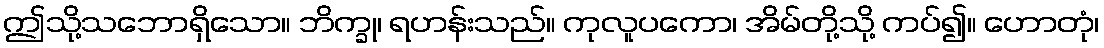
ဤသို့သဘောရှိသော။ ဘိက္ခု၊ ရဟန်းသည်။ ကုလူပကော၊ အိမ်တို့သို့ ကပ်၍။ ဟောတုံ၊